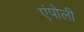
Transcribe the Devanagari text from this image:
एंपोली